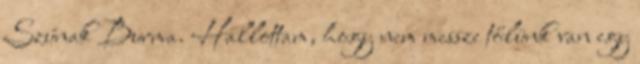
Szúnak Burma. Hallottam, hogy nem messze tőlünk van egy